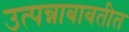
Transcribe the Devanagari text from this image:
उत्पन्नाबाबतीत